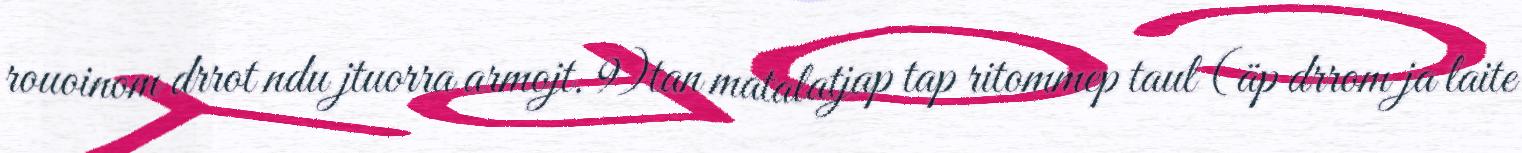
rouoinom drrot ndu jtuorra armojt. 9)tan matalatjap tap ritommep taul (äp drrom ja laite